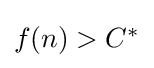
{\textstyle f(n)>C^{*}}